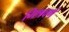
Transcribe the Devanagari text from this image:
मिश्रवर्ण